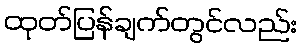
ထုတ်ပြန်ချက်တွင်လည်း